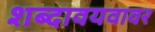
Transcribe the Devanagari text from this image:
शब्दावयवावर